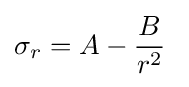
\sigma _{r}=A-{\dfrac {B}{r^{2}}}\